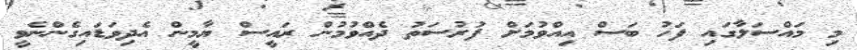
މި މައްސަލާގައި ފަހު ބަސް އިއްވުމަށް ފުރުސަތު ދެއްވުމުން ރައީސް ޔާމީން އެދިވަޑައިގެންނެވީ